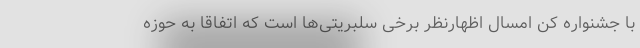
با جشنواره کن امسال اظهارنظر برخی سلبریتی‌ها است که اتفاقاً به حوزه